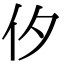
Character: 㐴